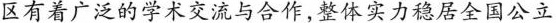
区有着广泛的学术交流与合作，整体实力稳居全国公立